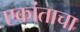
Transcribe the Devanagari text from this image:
एकांताचा